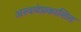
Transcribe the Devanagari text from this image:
अस्वयंप्रकाशित